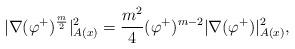
LaTeX: \begin{align*}|\nabla (\varphi^{+})^{\frac{m}{2}}|^2_{A(x)} = \frac{m^2}{4} (\varphi^{+})^{m-2} |\nabla (\varphi^{+})|^2_{A(x)},\end{align*}